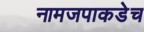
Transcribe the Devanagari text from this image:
नामजपाकडेच